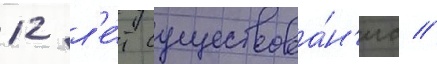
12 л'е́т существова́н'иа //